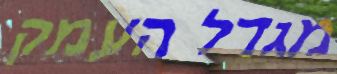
מגדל העמק